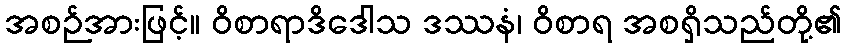
အစဉ်အားဖြင့်။ ဝိစာရာဒိဒေါသ ဒဿနံ၊ ဝိစာရ အစရှိသည်တို့၏